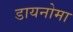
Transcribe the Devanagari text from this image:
डायनोमा